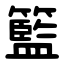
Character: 籃